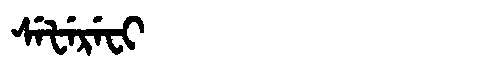
Manchu: ᠰᡝᡶᡝᡵᡝᠸᡳ
Romanization: SEFEREFI